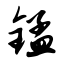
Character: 锰